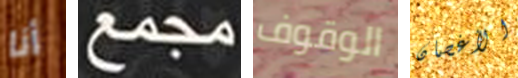
أنا مجمع الوقوف الأغصان